Veterinary [1916] -
Year: 1916
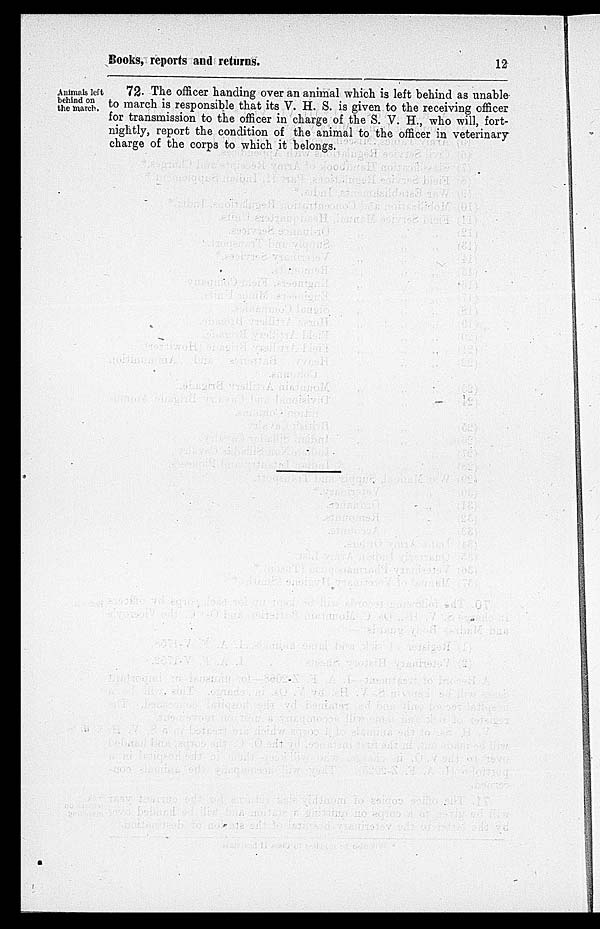
Books, reports and returns.
12
Animals left
behind on
the march.
72. The officer handing over an animal which is left behind as unable
to march is responsible that its V. H. S. is given to the receiving officer
for transmission to the officer in charge of the S. V. H., who will, fort-
nightly, report the condition of the animal to the officer in veterinary
charge of the corps to which it belongs.